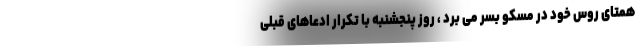
همتای روس خود در مسکو بسر می برد ، روز پنجشنبه با تکرار ادعاهای قبلی